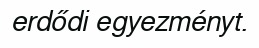
erdődi egyezményt.